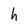
Character: h